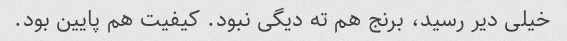
خیلی دیر رسید، برنج هم ته دیگی نبود. کیفیت هم پایین بود.